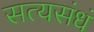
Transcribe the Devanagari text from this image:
सत्यसंधं